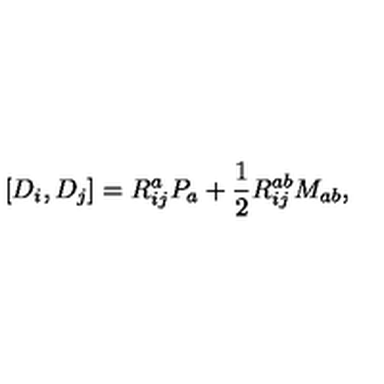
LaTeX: [ D _ { i } , D _ { j } ] = R _ { i j } ^ { a } P _ { a } + \frac { 1 } { 2 } R _ { i j } ^ { a b } M _ { a b } ,